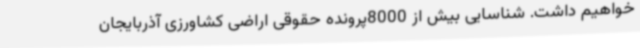
خواهیم داشت. شناسایی بیش از 8000پرونده حقوقی اراضی کشاورزی آذربایجان